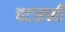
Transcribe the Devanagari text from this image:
पटसनी